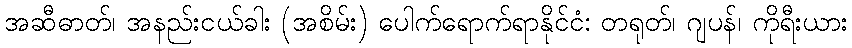
အဆီဓာတ်၊ အနည်းငယ်ခါး (အစိမ်း) ပေါက်ရောက်ရာနိုင်ငံ: တရုတ်၊ ဂျပန်၊ ကိုရီးယား